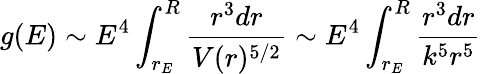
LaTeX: g(E)\sim E^{4}\int_{r_{E}}^{R}{\frac{r^{3}dr}{V(r)^{5/2}}}\sim E^{4}\int_{r_{E}}^{R}{\frac{r^{3}dr}{k^{5}r^{5}}}